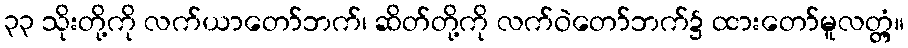
၃၃ သိုးတို့ကို လက်ယာတော်ဘက်၊ ဆိတ်တို့ကို လက်ဝဲတော်ဘက်၌ ထားတော်မူလတ္တံ့။